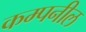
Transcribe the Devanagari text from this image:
कम्पनील